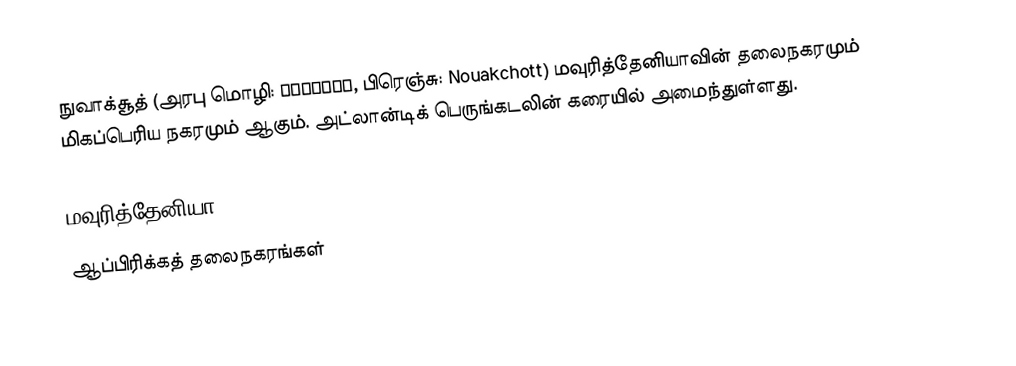
நுவாக்சூத் (அரபு மொழி: نواكشوط, பிரெஞ்சு: Nouakchott) மவுரித்தேனியாவின் தலைநகரமும் மிகப்பெரிய நகரமும் ஆகும். அட்லான்டிக் பெருங்கடலின் கரையில் அமைந்துள்ளது.

மவுரித்தேனியா
ஆப்பிரிக்கத் தலைநகரங்கள்